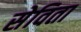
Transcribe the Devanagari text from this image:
सेविता